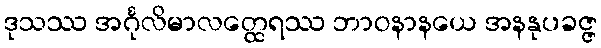
ဒုသဿ အင်္ဂုလိမာလတ္ထေရဿ ဘာဝနာနယေ အနနုပခဇ္ဇ